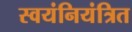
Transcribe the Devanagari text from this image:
स्वयंनियंत्रित